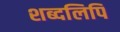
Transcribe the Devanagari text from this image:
शब्दलिपि